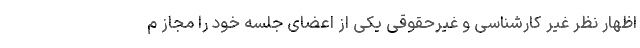
اظهار نظر غیر کارشناسی و غیرحقوقی یکی از اعضای جلسه خود را مجاز م